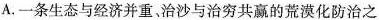
A.一条生态与经济并重、治沙与治穷共赢的荒漠化防治之